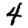
Digit: 4